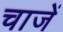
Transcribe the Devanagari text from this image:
चाजें